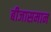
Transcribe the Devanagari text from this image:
बीजासमान